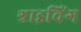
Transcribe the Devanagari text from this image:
श्राइविंग